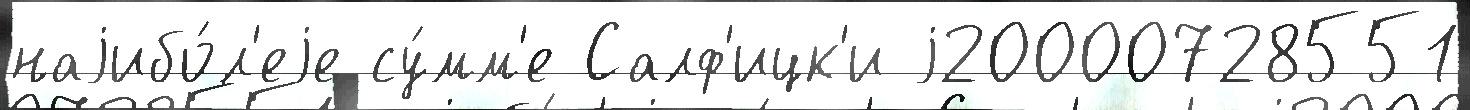
наjибо́л'еjе су́мм'е Салф'ицк'и j20000728551